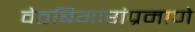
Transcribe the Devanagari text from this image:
वेठबिगारांप्रमाणे